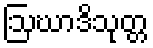
ဩဃာဒိသုတ္တ